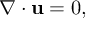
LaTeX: \nabla \cdot \mathbf { u } = 0 ,